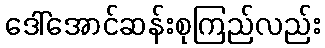
ဒေါ်အောင်ဆန်းစုကြည်လည်း